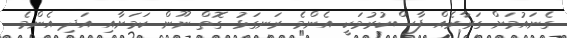
ގެނައުމަށް ގަރާރެއް ފާސްކުރުމަކީ އެންމެ ރަނގަޅު ގޮތް ނޫން ކަމަށާއި އަދި އެންމެ